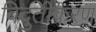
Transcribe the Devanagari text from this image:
विदुतीकरण